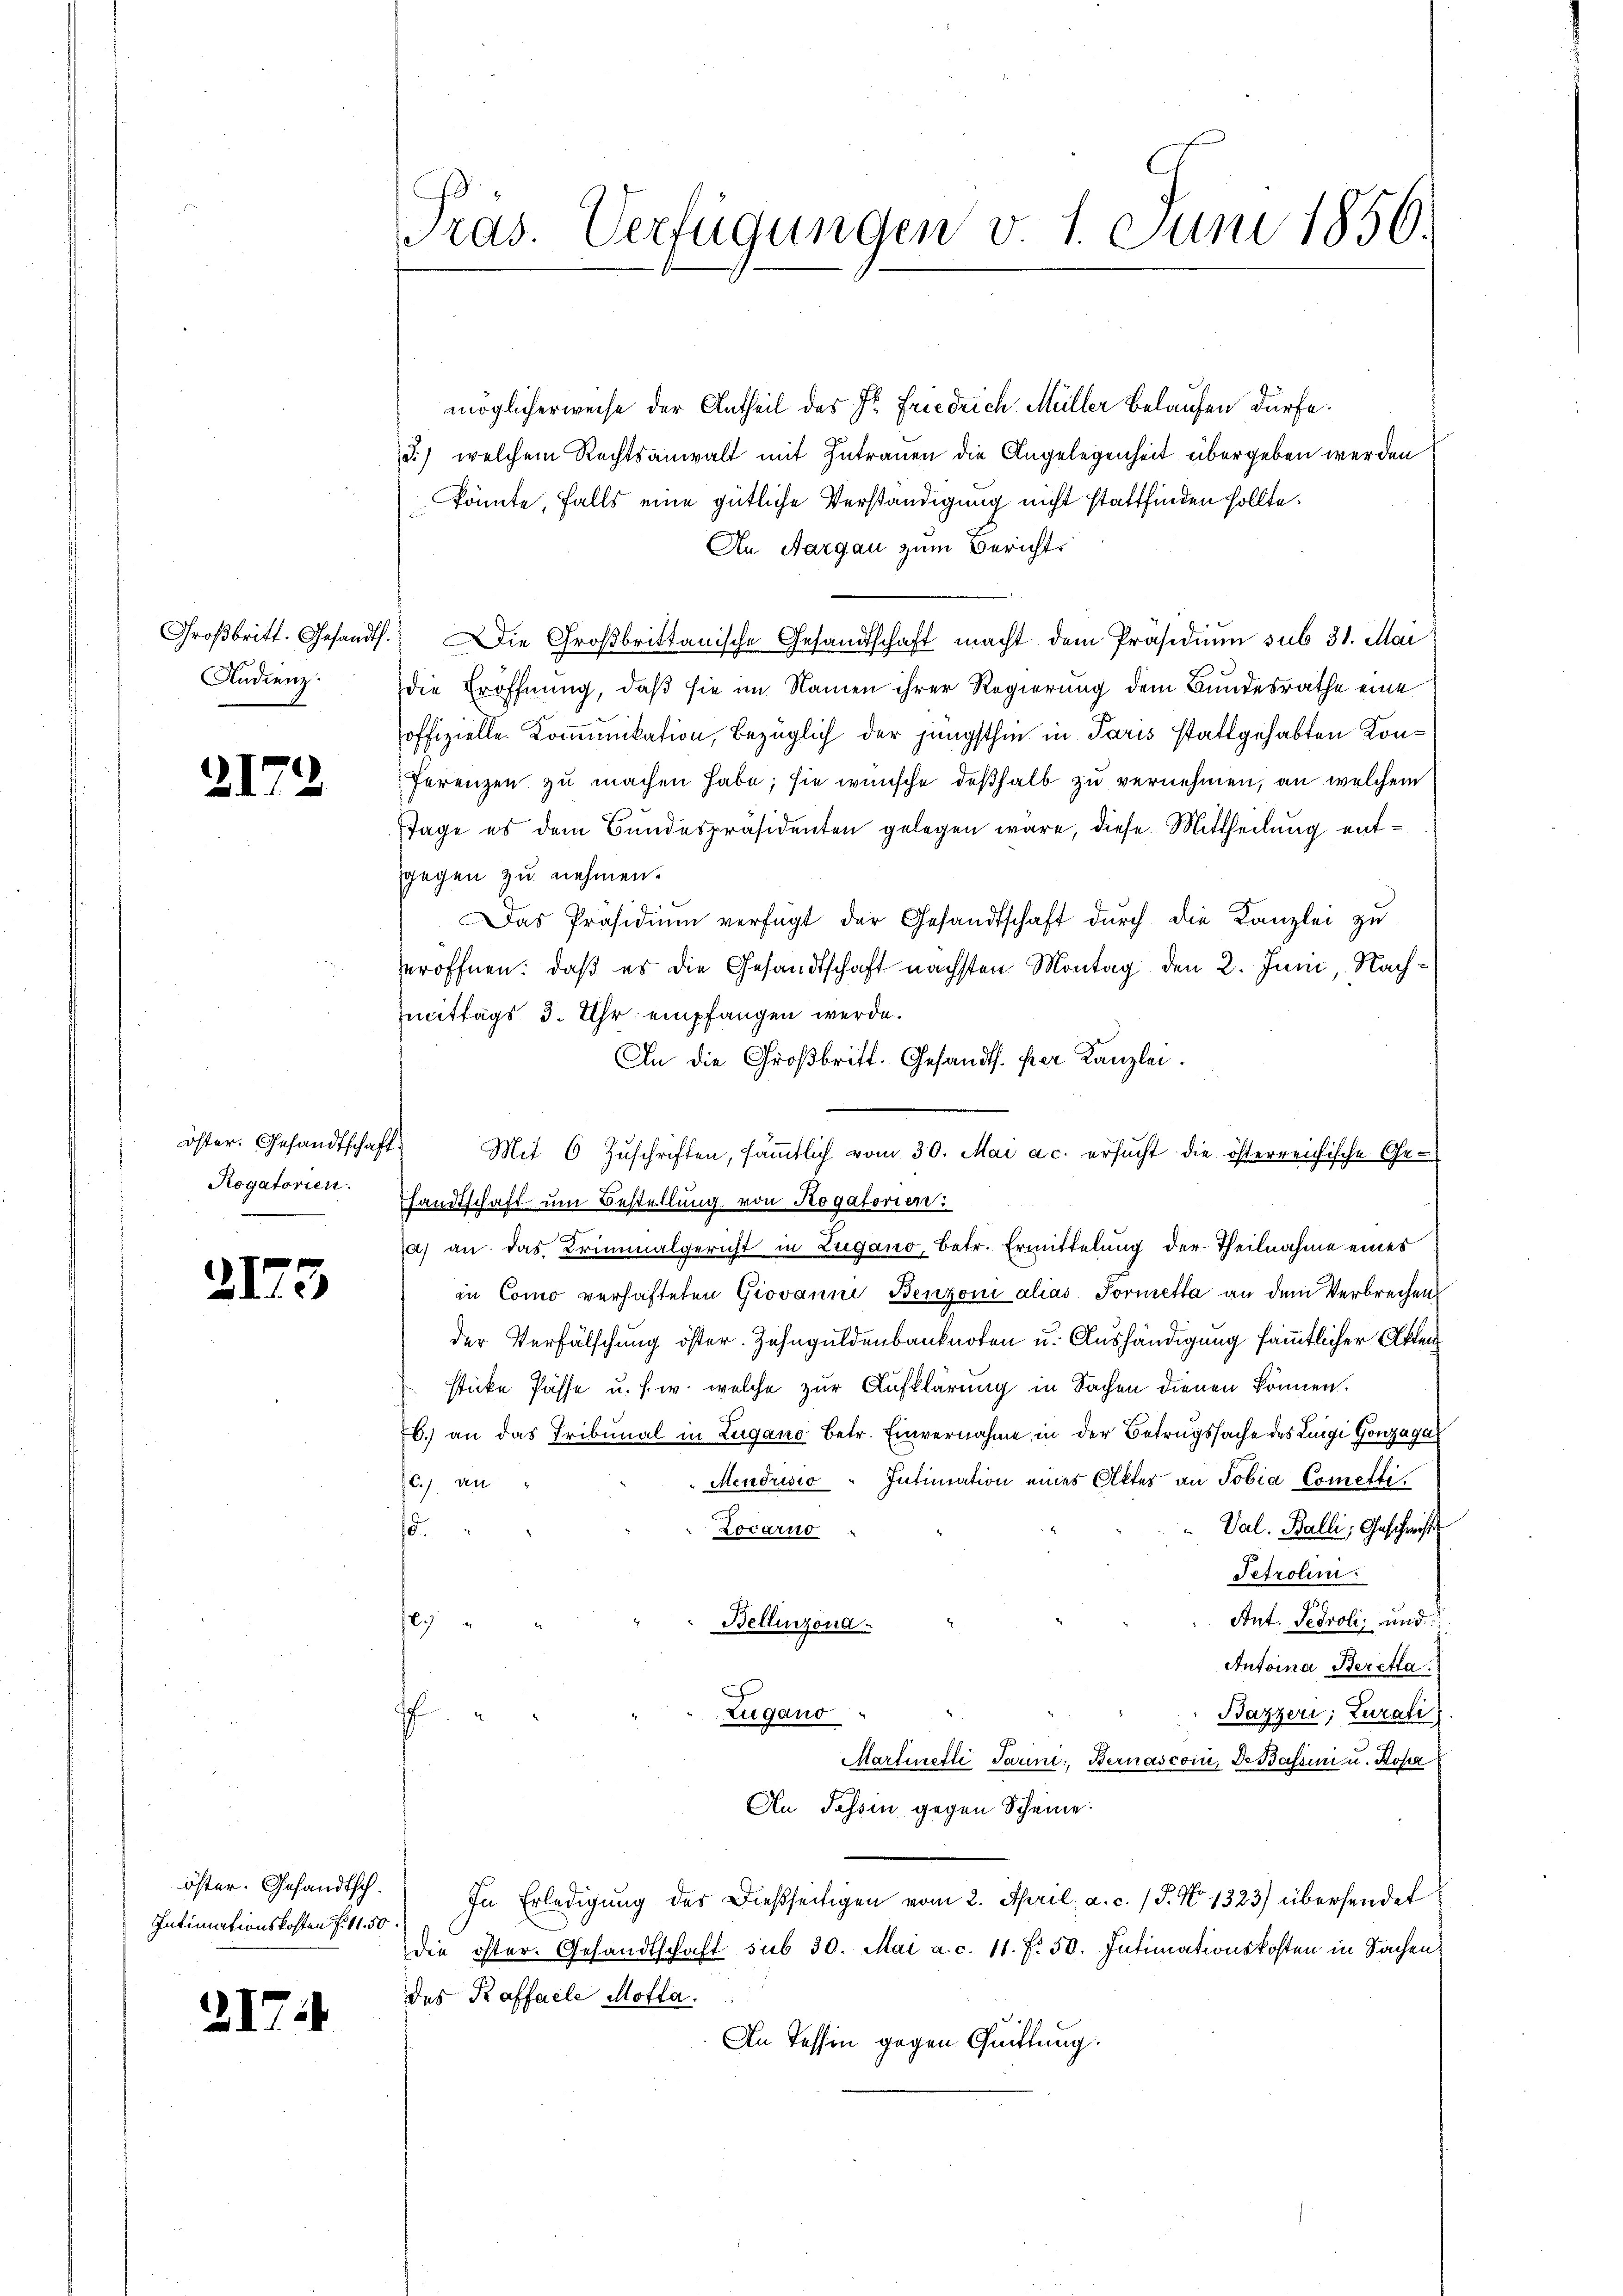
Andienz.

2)

Rogatorien.

21

Intimationskosten f. 11. 50.

21

2

75

a

möglicherweise der Antheil des Dr. Friedrich Müller Belaufen dürfe.
3.) welchem Rechtsanwalt mit Zutrauen die Angelegenheit übergeben werden
könnte, falls eine gütliche Verständigung nicht stattfinden sollte.
An Aargau zum Bericht
Großbritt. Gesandt.) Die Großbrittanische Gesandtschaft macht dem Präsidium sub 31. Mai
die Eröffnung, daß sie im Namen ihrer Regierung dem Bundesrathe eine
soffizielle Kommunikation, bezüglich der jüngsthin in Paris stattgehabten Konferenzen zu machen habe; sie wünsche deßhalb zu vernehmen, an welchem
Tage es dem Bundespräsidenten gelegen wäre, diese Mittheilung entgegen zu nehmen.
Das Präsidiŭm verfügt der Gesandtschaft dŭrch die Kanzlei zu
eröffnen: daß es die Gesandtschaft nächsten Montag den 2. Juni Nachmittags 3. Uhr empfangen werde.
An die Großbritt. Gesandts. per Kanzlei.
öster. Gesandtschaft. Mit 6 Zŭschriften, säṁtlich vom 30. Mai a.c. ersŭcht die österreichische Ge-
Handtschaft um Bestellung von Rogatorien:
a) an das Criminalgericht in Zugano, Betr. Ermittelung der Theilnahme eines
in Como verhafteten Giovanne Benzoni alias Formetta an dem Verbrechen
der Verfälschung öster. Zehnguldenbanknoten u. Aushändigung sämmtlicher Akten
sticke Pässe u. s. w. welche zur Aufklärung in Sachen dienen können.
b. an das Tribunal in Lugano betr. Einvernahme in der Betrugssache des Luigi Gonzaga
Mendrisio " Intimation eines Aktes an Tobia Cometti.
C.) an
e
Val. Balli, Geschwist
Locarno
.
Tetrolini
Ant. Pedroli, und
)
Bellinzona.
Antoina Beretta
Zugano
dahi
Bazzeri; Zurati
¬
Martiefte darini, Bernascoin, Dr Bassin u. Rosa
An Tessin gegen Scheine
öster. Gesandtsch. In Erledigŭng des Dießseitigen vom 2. April, a. c. / 5. No 1323) übersendet
die öster. Gesandtschaft sub 30. Mai a. c. 11. f. 50. Intimationskosten in Sachen
des Kraffalle Motta.
An Tessin gegen Quittung.

ras. Verfügungen v. 1. Juni 1856.